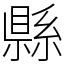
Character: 縣